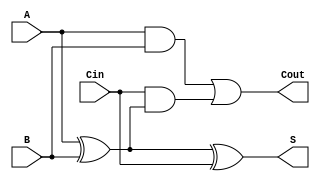
module FullAdder (
    input wire A,    // First input bit
    input wire B,    // Second input bit
    input wire Cin,  // Carry-in bit
    output wire S,   // Sum output
    output wire Cout  // Carry-out output
);

// Internal signals
wire A_xor_B;

// Calculate the sum output using XOR
assign A_xor_B = A ^ B; // A  B
assign S = A_xor_B ^ Cin; // S = A  B  Cin

// Calculate the carry-out output using AND and OR
assign Cout = (A & B) | (Cin & A_xor_B); // Cout = (A AND B) OR (Cin AND (A  B))

endmodule